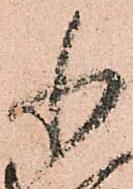
小